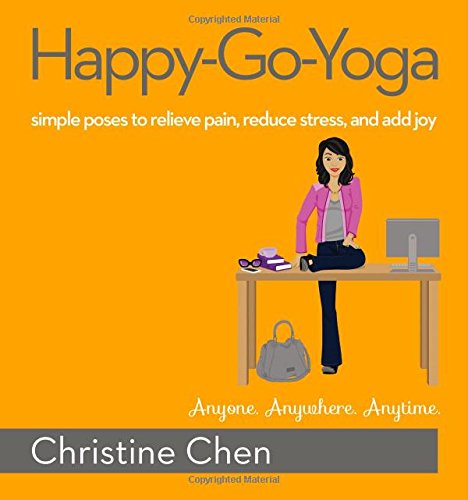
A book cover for Happy-Go-Yoga: Simple Poses to Relieve Pain, Reduce Stress, and Add Joy; Christine Chen; Health, Fitness & Dieting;